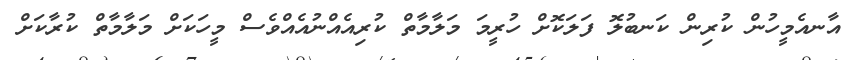
އާނއެމީހުން ކުރިން ކަނބުލޮ ފަލަކޮށް ހުރީމަ މަލާމާތް ކުރިއެއްނުއެއްވެސް މީހަކަށް މަލާމާތް ކުރާކަށް